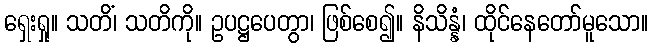
ရှေးရှု။ သတိံ၊ သတိကို။ ဥပဋ္ဌပေတွာ၊ ဖြစ်စေ၍။ နိသိန္နံ၊ ထိုင်နေတော်မူသော။